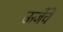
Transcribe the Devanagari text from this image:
ऊजेंचे